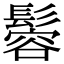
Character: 𩮠